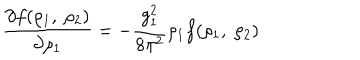
\frac { \partial f ( \rho _ { 1 } , ~ \rho _ { 2 } ) } { \partial \rho _ { 1 } } = - \frac { g _ { 1 } ^ { 2 } } { 8 \pi ^ { 2 } } \rho _ { 1 } f ( \rho _ { 1 } , ~ \rho _ { 2 } )